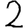
Digit: 2